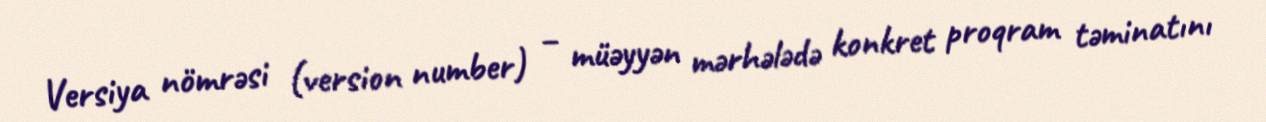
Versiya nömrəsi (version number) – müəyyən mərhələdə konkret proqram təminatını